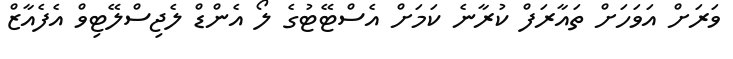
ވަރަށް އަވަހަށް ތައާރަފް ކުރާނެ ކަމަށް އެސްޓޭޓުގެ ލޯ އެންޑް ލެޖިސްލޭޓިވް އެފެއާޒް